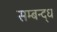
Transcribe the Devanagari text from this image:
सम्बन्द्ध